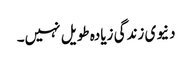
دنیوی زندگی زیادہ طویل نہیں۔